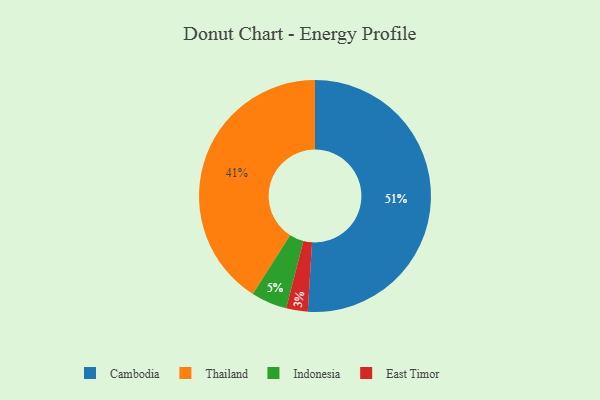
{"axis": {"x": "Category", "y": "Percentage"}, "legend": ["Cambodia", "East Timor", "Indonesia", "Thailand"], "data": [{"x": "Thailand", "y": 41, "type": "Thailand"}, {"x": "East Timor", "y": 3, "type": "East Timor"}, {"x": "Indonesia", "y": 5, "type": "Indonesia"}, {"x": "Cambodia", "y": 51, "type": "Cambodia"}]}